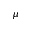
\mu